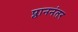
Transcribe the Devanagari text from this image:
प्लाननंतर